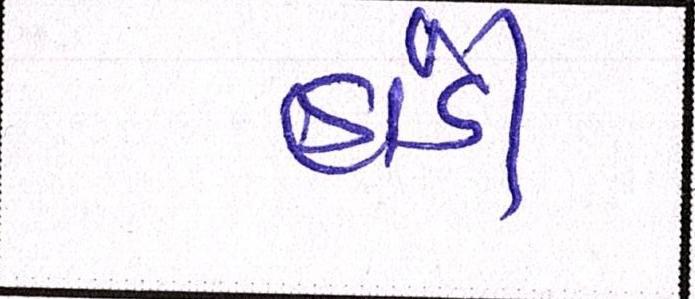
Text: હાંડી